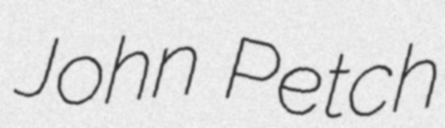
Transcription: John Petch